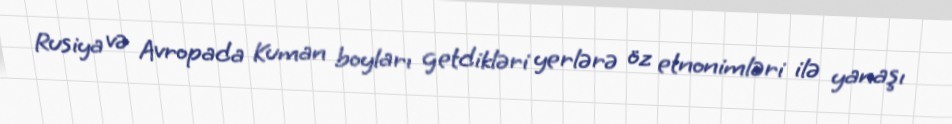
Rusiya və Avropada Kuman boyları getdikləri yerlərə öz etnonimləri ilə yanaşı